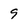
Character: 9